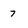
Character: 7